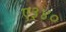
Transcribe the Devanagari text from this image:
ए३४०